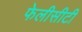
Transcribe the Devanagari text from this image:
फेलीसीटी